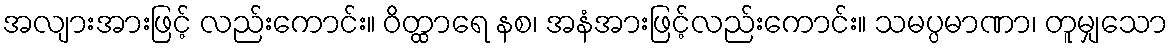
အလျားအားဖြင့် လည်းကောင်း။ ဝိတ္ထာရေ နစ၊ အနံအားဖြင့်လည်းကောင်း။ သမပ္ပမာဏာ၊ တူမျှသော